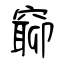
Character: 窷